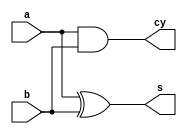


module half_adaar_dataflow(a,b,s,cy);
input a,b;
output s,cy;
assign s =a^b;
assign cy= a&b;
endmodule